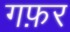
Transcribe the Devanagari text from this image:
गफ़र